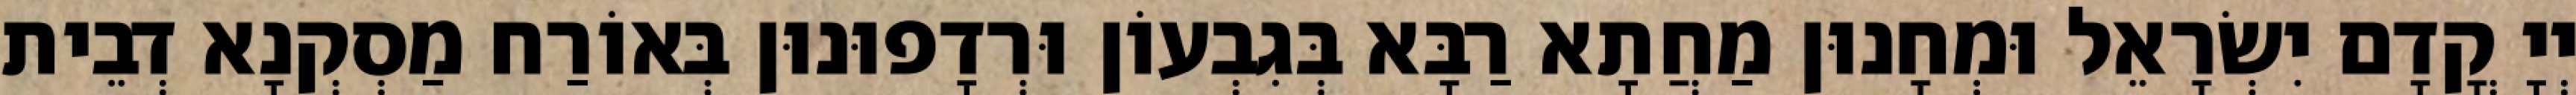
יְיָ קֳדָם יִשְׂרָאֵל וּמְחָנוּן מַחֲתָא רַבָּא בְּגִבְעוֹן וּרְדָפוּנוּן בְּאוֹרַח מַסְקְנָא דְבֵית